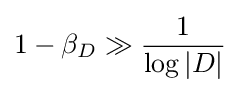
1-\beta _{D}\gg {\frac {1}{\log |D|}}